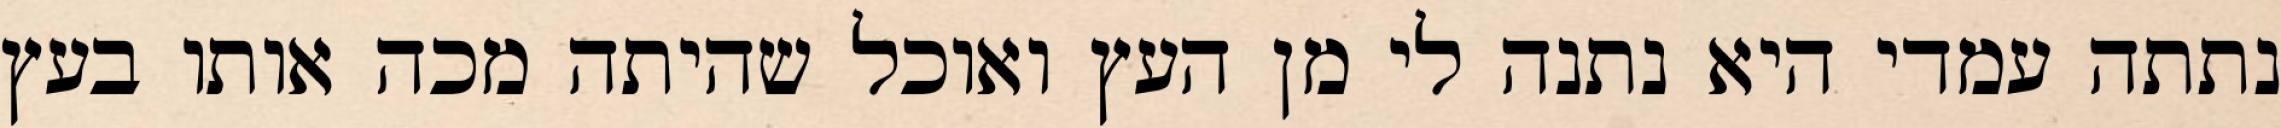
נתתה עמדי היא נתנה לי מן העץ ואוכל שהיתה מכה אותו בעץ